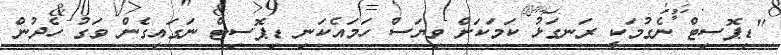
"ޑިޕޮސިޓް ނެގުމަކީ ރަނގަޅު ކަމަކަށް ވިޔަސް ހަމައެކަނި ޑިޕޮސިޓް ނަގައިގެން ވަގު ހެދުން